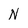
Character: N